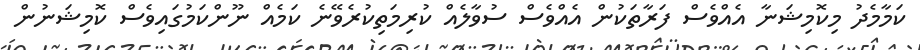
ކަމާމެދު މިކޮމިޝަނާ އެއްވެސް ފަރާތަކުން އެއްވެސް ސުވާލެއް ކުރިމަތިކުރެވޭނެ ކަމެއް ނޫންކަމުގައިވެސް ކޮމިޝަނުން